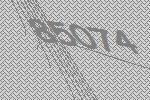
85074